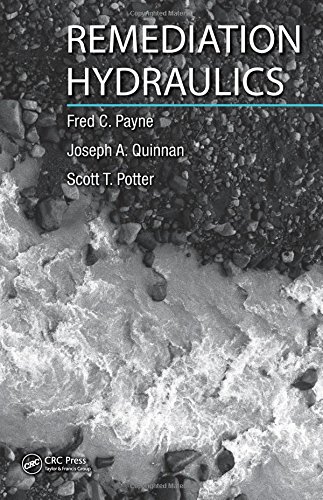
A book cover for Remediation Hydraulics; Fred C. Payne; Science & Math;